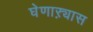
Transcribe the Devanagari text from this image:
घेणाऱ्यास